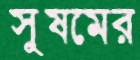
সুষমের